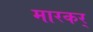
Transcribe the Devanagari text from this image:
मारकर्